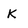
Character: k